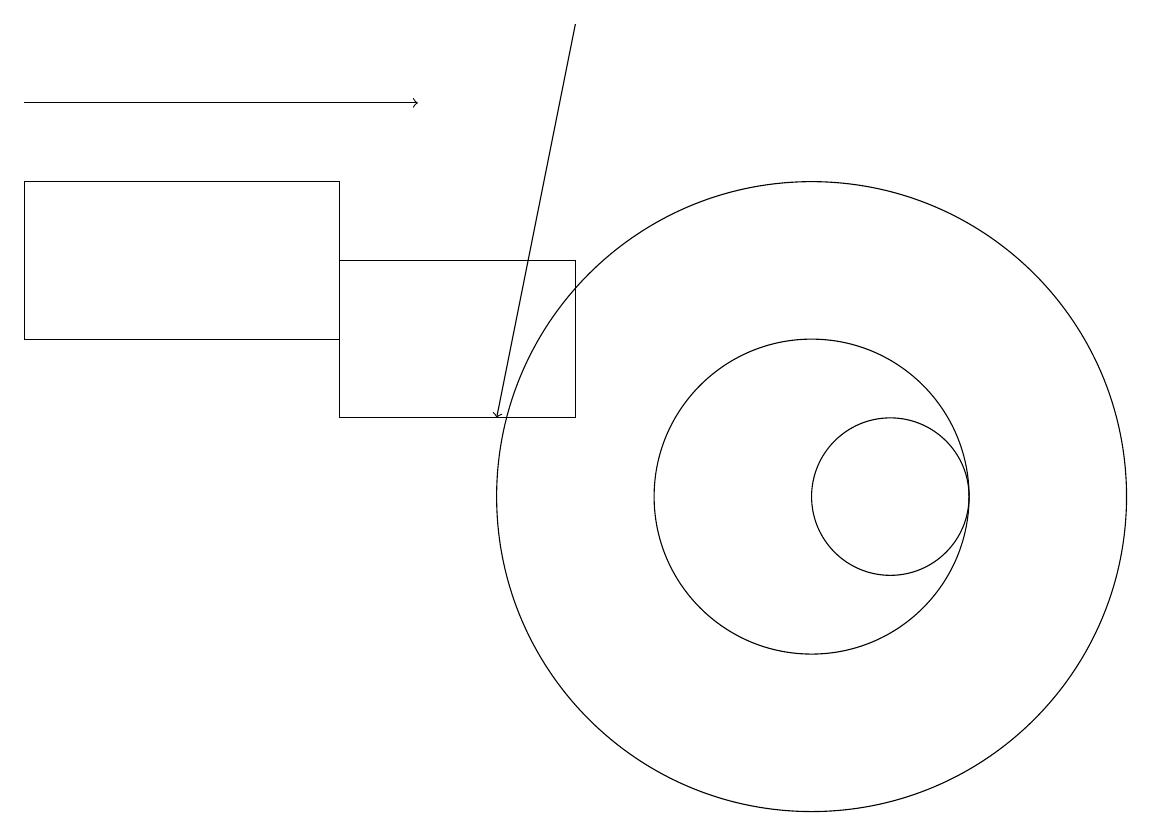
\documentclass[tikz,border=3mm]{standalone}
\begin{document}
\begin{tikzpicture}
\draw (0,12) rectangle (4,14);
\draw (10,10) circle (4);
\draw[->] (7,16) -- (6,11);
\draw (11,10) circle (1);
\draw[->] (0,15) -- (5,15);
\draw (7,13) rectangle (4,11);
\draw (10,10) circle (2);
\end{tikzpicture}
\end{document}